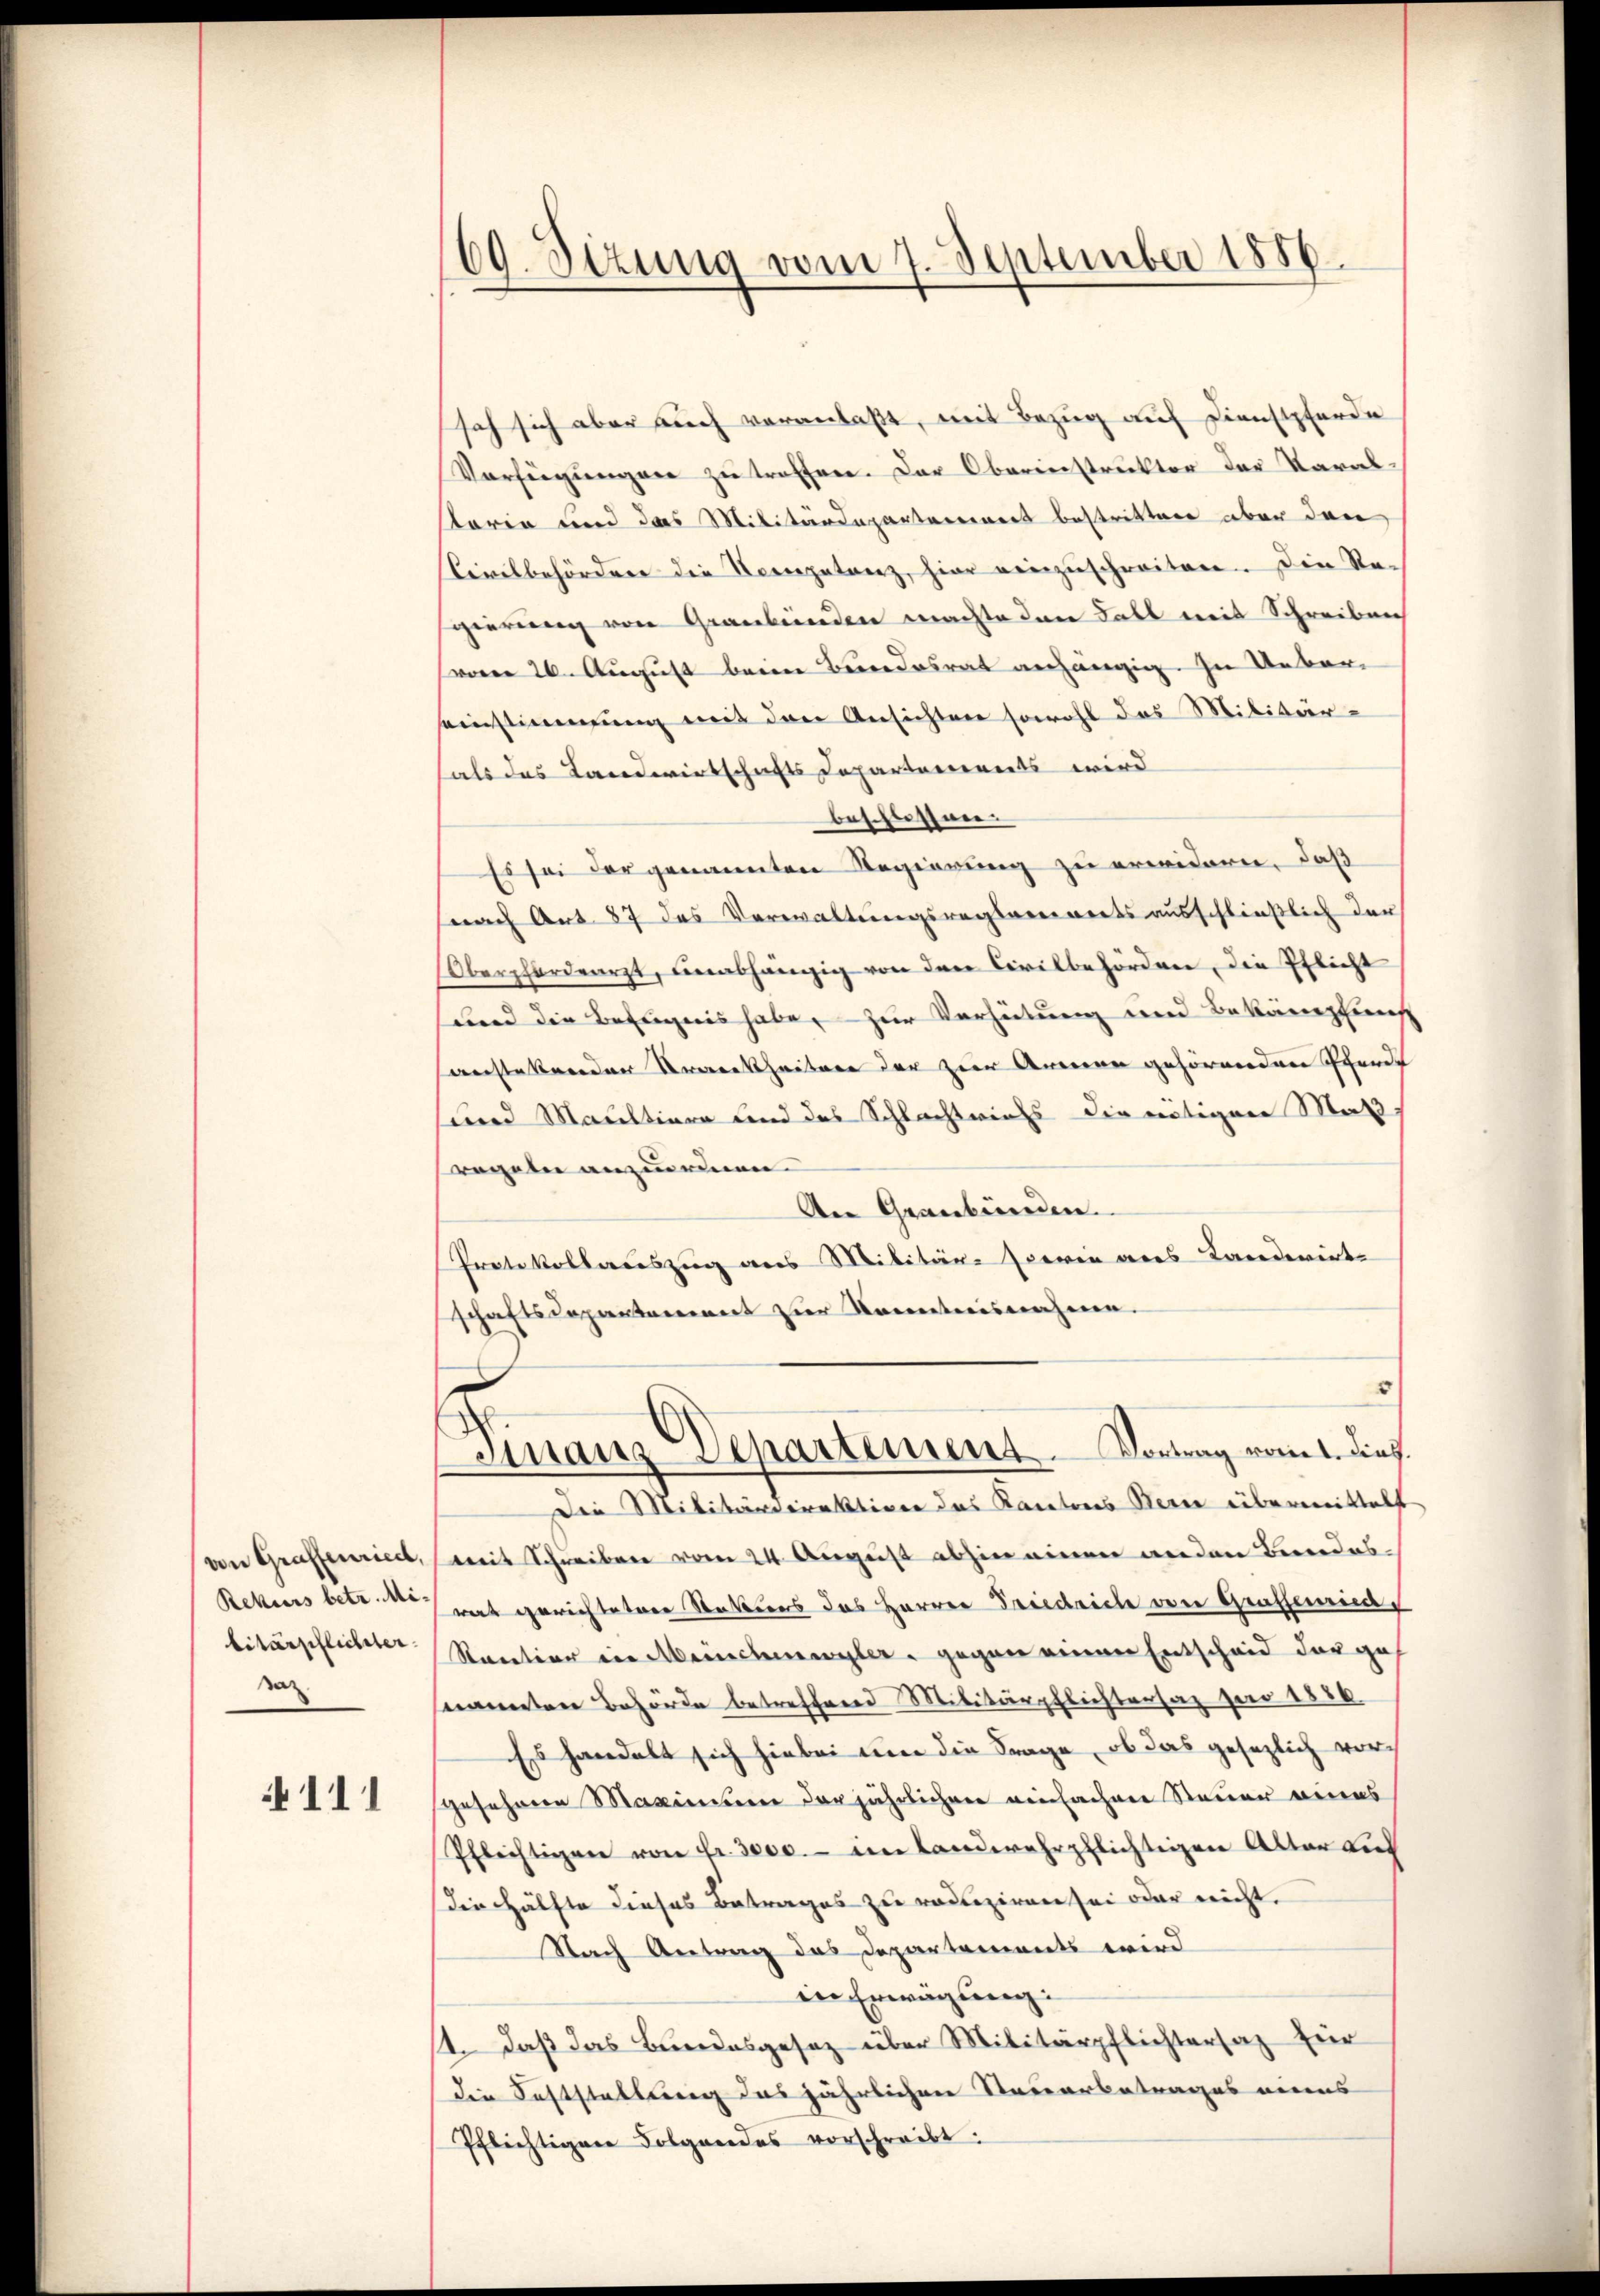
von Graffenried,
Rekurs betr. Mibitärschlichter.
saz

111

60. Sizung vom 7. September 1886.

sah sich aber auch veranlaßt, mit Bezug auf Dienstpferde
Verfügungen zu troffen. Der Oberinstruktor der Varalstaria und das Militärdepartareiners bestritten aber dan
Civilbehörderer die Nervegetaerz hier einzuschreiten. Die Regierung von Graubünden machte der Fall mit Schreiben
vom 26. August beim Bundesrat anhängig. In Ueber
einstimmung mit den Ansichten sowohl das Militär-
als das Landwirtschafts Departements wird
beschlossner
Es sei der genannten Regierung zu erwidern, daß
nach Art. 87 das Verwaltungsregareinerts ausschließlich der
Oberfordearzt, unabhängig von den Civilbehörden, die Pflicht
wird die Befugnis habe, zur Verhütung und Bekämpfung
verstetenden Urenkheitere der zur Armen gehörenden Pferde
und Maultiern und das Schlachtrichs die nötigen Maß
regeln anzuordnen.
An Graubünden.
Protokollauszug aus Militär-sieren des Landerirte
schaftsdepartament zur Kenntnisnahme.
5
Finanz Departement. Vortrag vom 1. dies
Die Militärdirektione das Kantons Bern übermittelt
mit Schreiben vom 24. August abhin einen anden Beredesrat gerichtetere Stateurs das Herren Friedrich von Graffiat
Raution in Meinchengler gegen einen Entscheid der geh
nannten Behörde betreffend Militärpflichtersaz pro 1886.
Ess handelt sich hiebei um die Frage, ob das gesezlich vorgesehene Maximiteen derjährlicher einfachen Steuer eines
Pflichtigen von Fr. 3000.- im landwehrpflichtigen Alter auf
die Hälfte dieses Betrages zu redliziren sei oder nicht.
Nach Antrag das Departements wird
in Erwägung:
14. Daß das Bundesgesez über Militärpflichtersaz für
die Feststellung des jährlichen Steuerbetrages meins
Pflichtigen Folgendes vorschreibt: